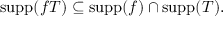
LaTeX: \operatorname { s u p p } ( f T ) \subseteq \operatorname { s u p p } ( f ) \cap \operatorname { s u p p } ( T ) .